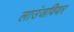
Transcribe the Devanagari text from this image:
लाउंजवियर